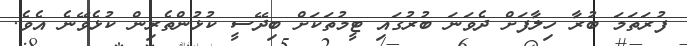
ފުރަތަމަ ބުރާ ހިލާފަށް ދެވަނަ ބުރުގައި ޓީމުތަކަށް ބިދޭސީ ކުޅުންތެރިން ކުޅެވޭނެ އެވެ.